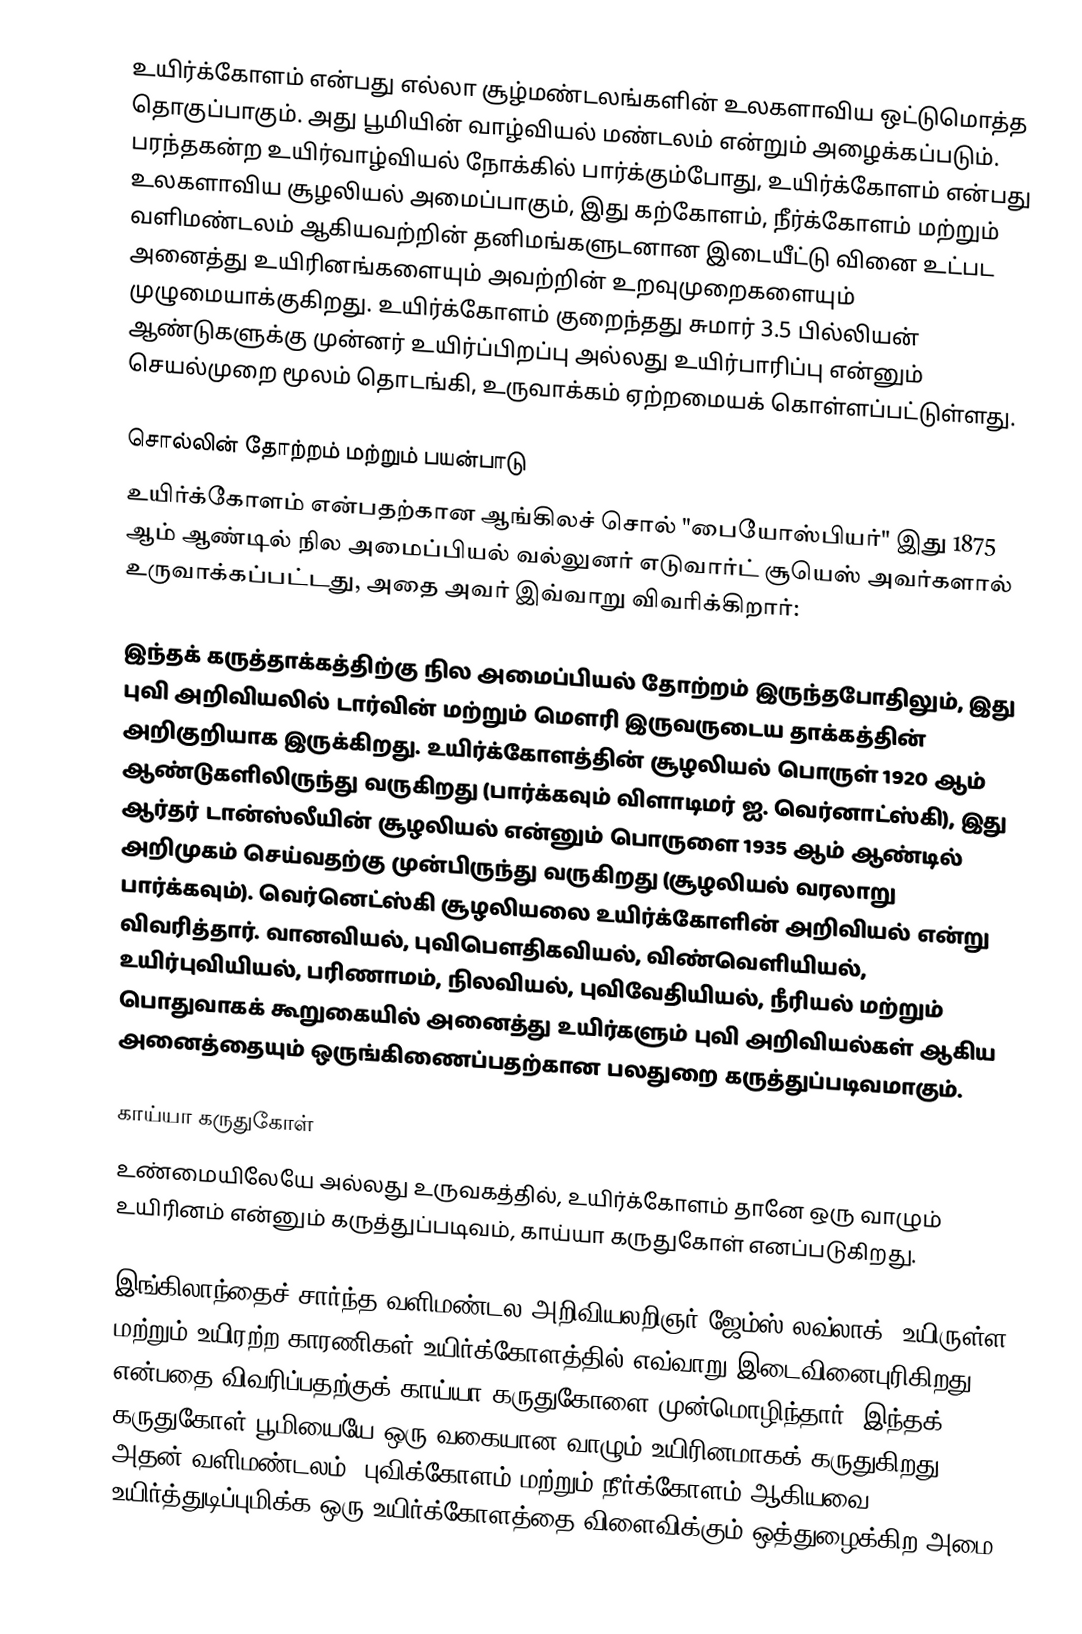
உயிர்க்கோளம் என்பது எல்லா சூழ்மண்டலங்களின் உலகளாவிய ஒட்டுமொத்த தொகுப்பாகும். அது பூமியின் வாழ்வியல் மண்டலம் என்றும் அழைக்கப்படும். பரந்தகன்ற உயிர்வாழ்வியல் நோக்கில் பார்க்கும்போது, உயிர்க்கோளம் என்பது உலகளாவிய சூழலியல் அமைப்பாகும், இது கற்கோளம், நீர்க்கோளம் மற்றும் வளிமண்டலம் ஆகியவற்றின் தனிமங்களுடனான இடையீட்டு வினை உட்பட அனைத்து உயிரினங்களையும் அவற்றின் உறவுமுறைகளையும் முழுமையாக்குகிறது. உயிர்க்கோளம் குறைந்தது சுமார் 3.5 பில்லியன் ஆண்டுகளுக்கு முன்னர் உயிர்ப்பிறப்பு அல்லது உயிர்பாரிப்பு என்னும் செயல்முறை மூலம் தொடங்கி, உருவாக்கம் ஏற்றமையக் கொள்ளப்பட்டுள்ளது.

சொல்லின் தோற்றம் மற்றும் பயன்பாடு
உயிர்க்கோளம் என்பதற்கான ஆங்கிலச் சொல் "பையோஸ்பியர்" இது 1875 ஆம் ஆண்டில் நில அமைப்பியல் வல்லுனர் எடுவார்ட் சூயெஸ் அவர்களால் உருவாக்கப்பட்டது, அதை அவர் இவ்வாறு விவரிக்கிறார்:

இந்தக் கருத்தாக்கத்திற்கு நில அமைப்பியல் தோற்றம் இருந்தபோதிலும், இது புவி அறிவியலில் டார்வின் மற்றும் மௌரி இருவருடைய தாக்கத்தின் அறிகுறியாக இருக்கிறது. உயிர்க்கோளத்தின் சூழலியல் பொருள் 1920 ஆம் ஆண்டுகளிலிருந்து வருகிறது (பார்க்கவும் விளாடிமர் ஐ. வெர்னாட்ஸ்கி), இது ஆர்தர் டான்ஸ்லீயின் சூழலியல் என்னும் பொருளை 1935 ஆம் ஆண்டில் அறிமுகம் செய்வதற்கு முன்பிருந்து வருகிறது (சூழலியல் வரலாறு பார்க்கவும்). வெர்னெட்ஸ்கி சூழலியலை உயிர்க்கோளின் அறிவியல் என்று விவரித்தார். வானவியல், புவிபௌதிகவியல், விண்வெளியியல், உயிர்புவியியல், பரிணாமம், நிலவியல், புவிவேதியியல், நீரியல் மற்றும் பொதுவாகக் கூறுகையில் அனைத்து உயிர்களும் புவி அறிவியல்கள் ஆகிய அனைத்தையும் ஒருங்கிணைப்பதற்கான பலதுறை கருத்துப்படிவமாகும்.

காய்யா கருதுகோள்
உண்மையிலேயே அல்லது உருவகத்தில், உயிர்க்கோளம் தானே ஒரு வாழும் உயிரினம் என்னும் கருத்துப்படிவம், காய்யா கருதுகோள் எனப்படுகிறது.

இங்கிலாந்தைச் சார்ந்த வளிமண்டல அறிவியலறிஞர் ஜேம்ஸ் லவ்லாக், உயிருள்ள மற்றும் உயிரற்ற காரணிகள் உயிர்க்கோளத்தில் எவ்வாறு இடைவினைபுரிகிறது என்பதை விவரிப்பதற்குக் காய்யா கருதுகோளை முன்மொழிந்தார். இந்தக் கருதுகோள் பூமியையே ஒரு வகையான வாழும் உயிரினமாகக் கருதுகிறது. அதன் வளிமண்டலம், புவிக்கோளம் மற்றும் நீர்க்கோளம் ஆகியவை உயிர்த்துடிப்புமிக்க ஒரு உயிர்க்கோளத்தை விளைவிக்கும் ஒத்துழைக்கிற அமை